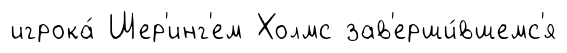
игрока́ Шер'инг'ем Холмс зав'ерши́вшемс'я